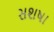
સશષા